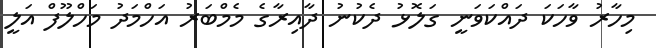
މިހާރު ވާހަކަ ދައްކަވަނީ ގަލޮޅު ދެކުނު ދާއިރާގެ މެމްބަރު އަހްމަދު މަހްލޫފް އަލީ